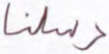
رسلنا